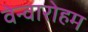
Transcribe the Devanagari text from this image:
वेन्वारोहम